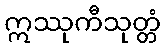
ဣဿုကီသုတ္တံ